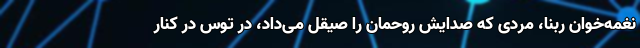
نغمه‌خوان ربنا، مردی که صدایش روحمان را صیقل می‌داد، در توس در کنار